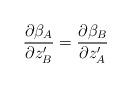
LaTeX: \begin{align*}\frac{\partial \beta_A}{\partial z'_B} = \frac{\partial\beta_B}{\partial z'_A}\end{align*}